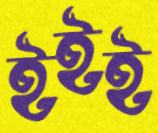
ইইই